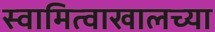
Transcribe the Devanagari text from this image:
स्वामित्वाखालच्या